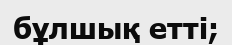
бұлшық етті;